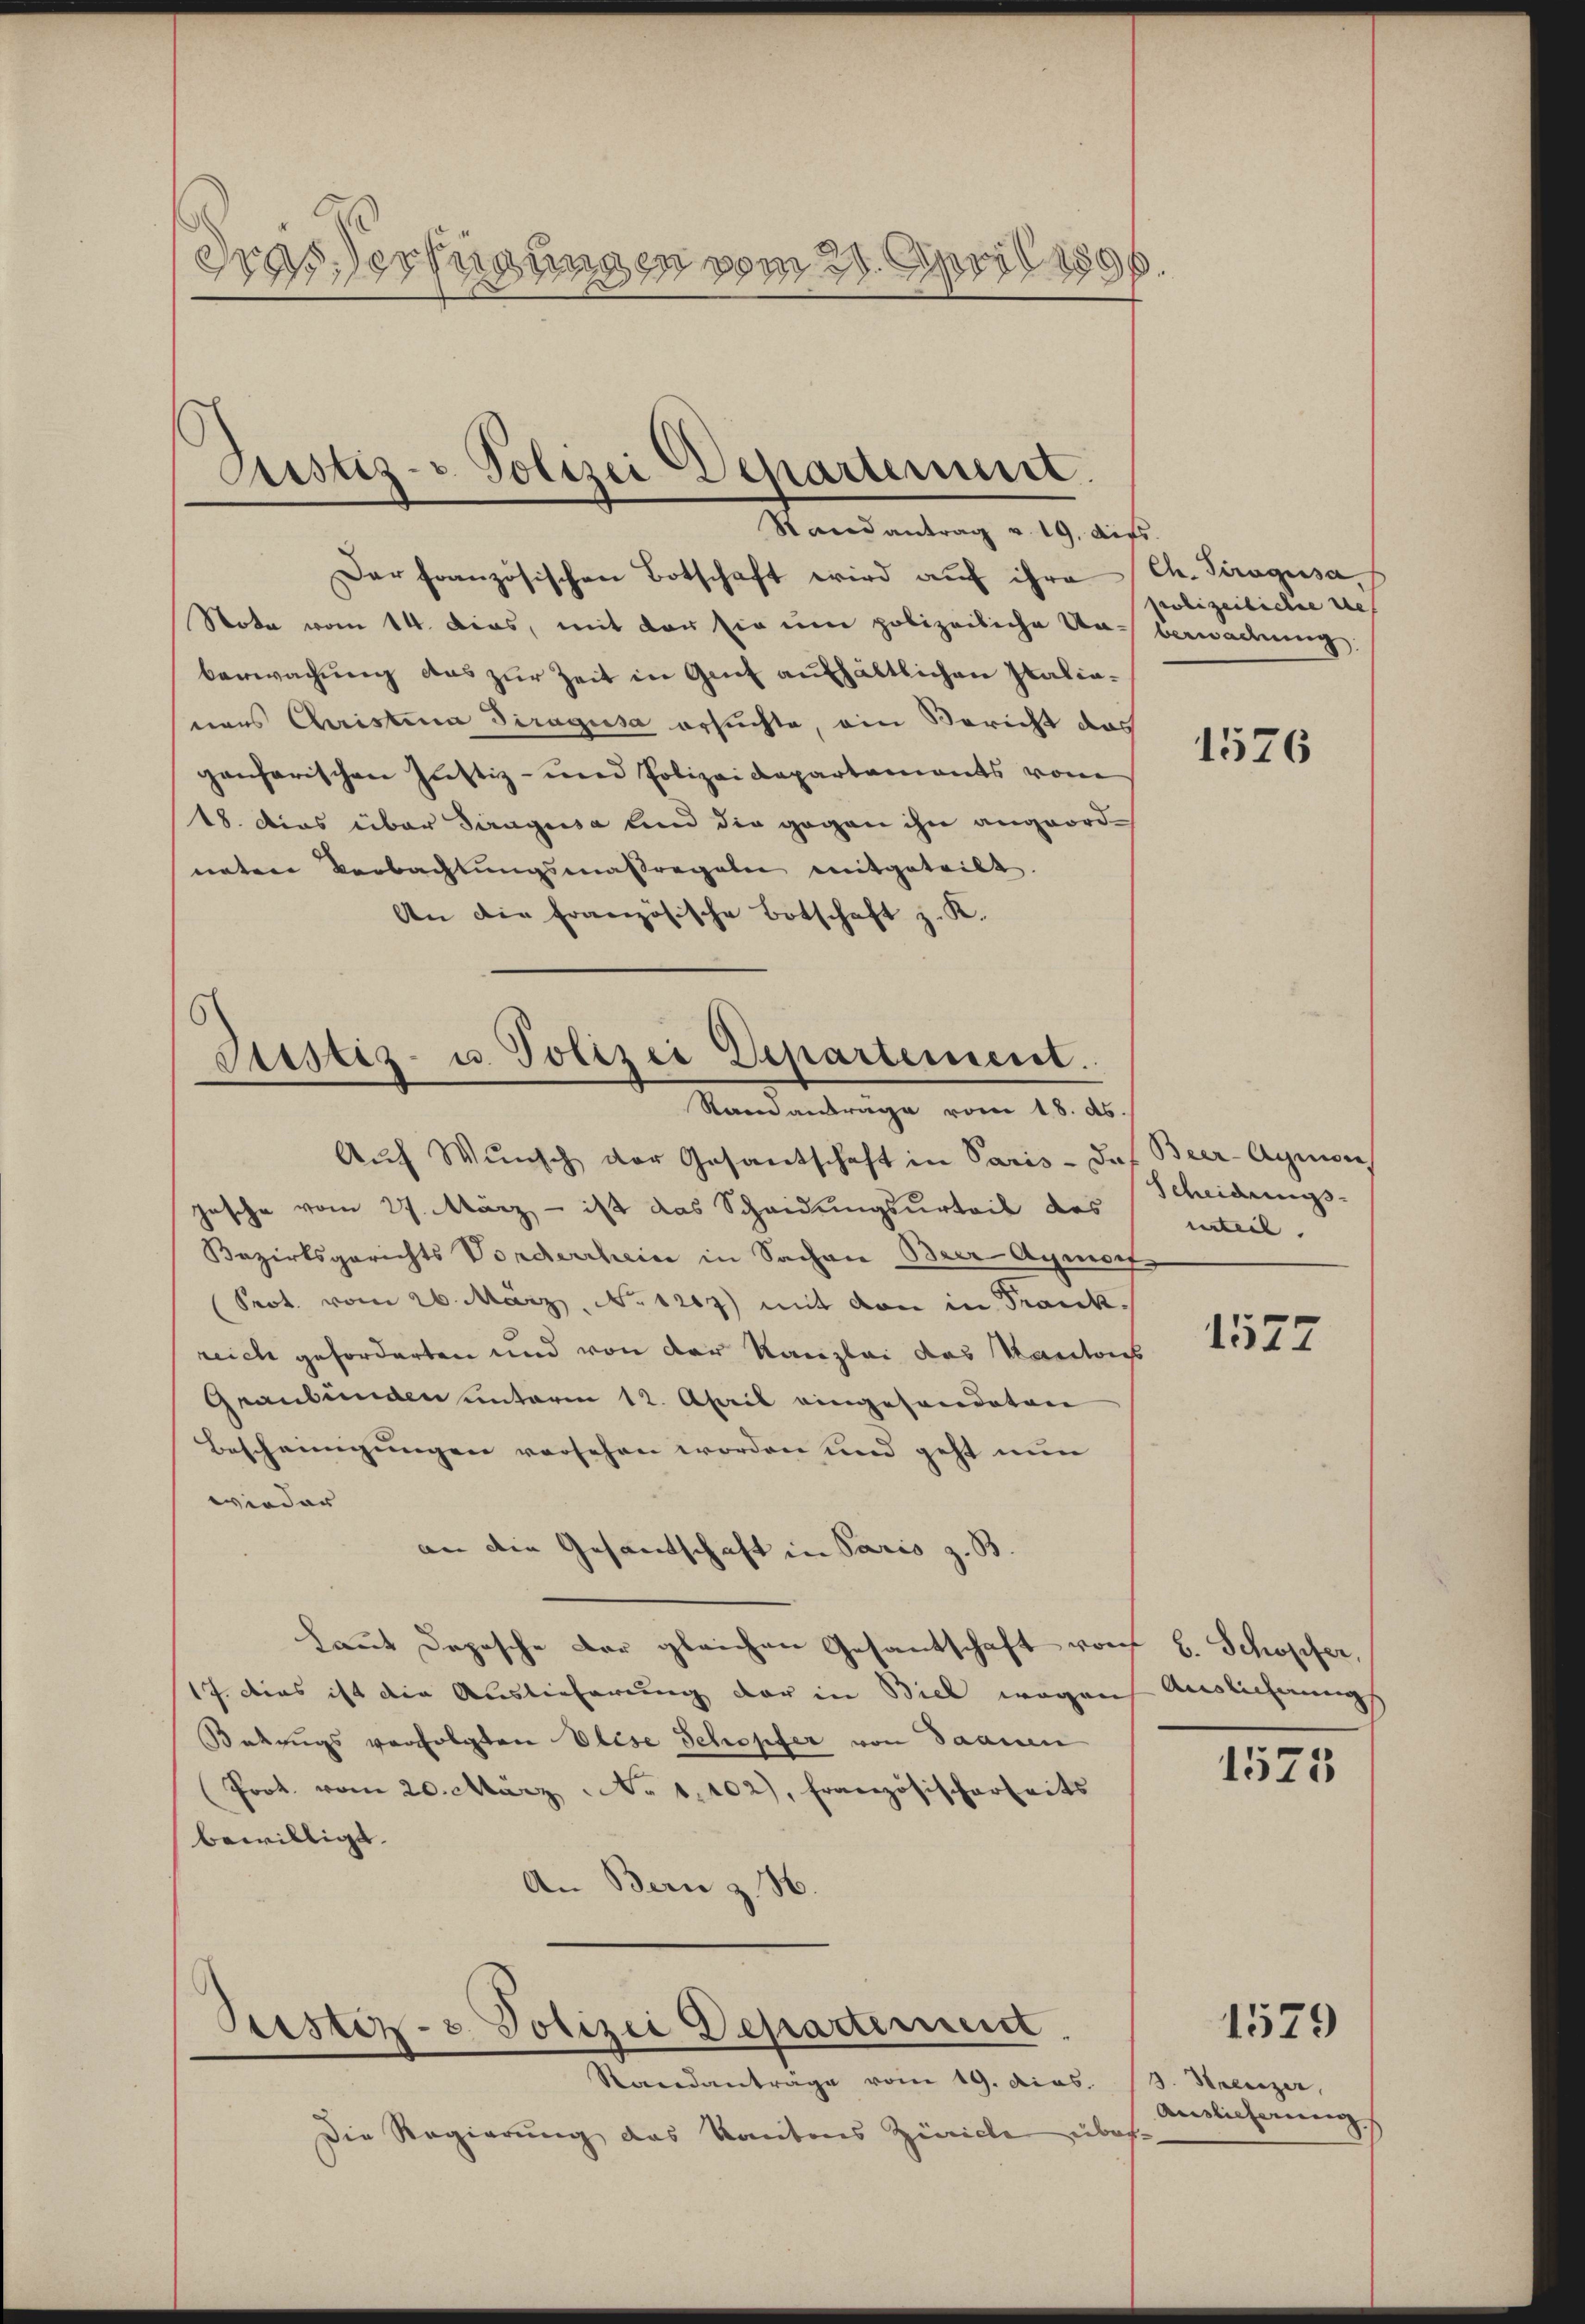
Seigungen vom 20. April 1896
Gras ers

Justiz- Polizei Departement.
Randantrag v. 19. dies

Der französischen Botschaft wird aŭf ihre (Ch. Siragusa, f
Nota vom 14. Dias, mit der sie um polizeiliche Un- Verwachung
berwachung das zur Zeit in Genf aufhältlichen Italiasions Christina Diragusa ersuchte, ein Bericht das
ganharischen Justiz- und Polizeidepartaments vom
18. Dies über Tiragusa und die gegen ihn angeordnnten Verbachtŭngsmaßregeln mitgeteilt.
An die Französische Botschaft z. K.

Justiz- u. Polizei Departement.
Randanträge vom 18. ds.

Justiz- u. Polizei Departement.
Standanträge vom 19. dias.

Die Regierung das Kantons Zürich über-

Auf Wunsch der Gesantschaft in Paris - das Beer-Aymon
jasche vom 27. März - ist das Scheidungsurteil des
Bezirksgerichts Vorderrhein in Sachen Beer-Aymort
Srot. vom 26. März, No 1269) mit den in Frankreich geforderten und von der Kanzlei das Kantons
Graubünden unterm 12. April eingesandten
Bescheinigungen versehen worden und geht nun
wieder
an die Gesandtschaft in Paris z. B.
Laut Dopische der gleichen Gesantschaft von B. Schopfer,
17. dies ist die Auslieferung der in Biel wegen Auslichnungs
Betrugs verfolgten Elise Schopfer von Saanen
Prot. vom 20. März No. 1.102), Französischerheits
bewilligt.
An Bern z. H.

polizeiliche viel

1576

Scheidungs-
inteil

1577

1575

1579

Hrenzer,
Auslieferung